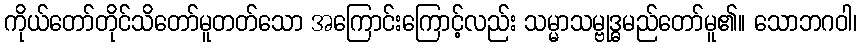
ကိုယ်တော်တိုင်သိတော်မူတတ်သော အကြောင်းကြောင့်လည်း သမ္မာသမ္ဗုဒ္ဓမည်တော်မူ၏။ သောဘဂဝါ၊